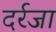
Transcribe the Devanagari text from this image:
दर्रजा